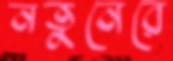
নতুনেরে